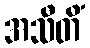
အသီတိံ